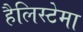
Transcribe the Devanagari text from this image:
हैलिस्टेमा